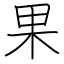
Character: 果